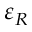
\varepsilon _ { R }